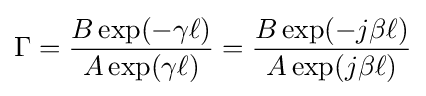
\Gamma ={\frac {B\exp(-\gamma \ell )}{A\exp(\gamma \ell )}}={\frac {B\exp(-j\beta \ell )}{A\exp(j\beta \ell )}}